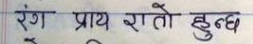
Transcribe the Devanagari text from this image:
रंग प्राय रातो हुन्छ